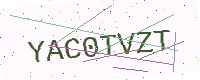
Text: YAC0TVZT